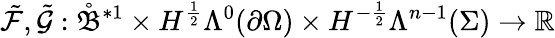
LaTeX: \tilde{\mathcal{F}},\tilde{\mathcal{G}}:\mathring{\mathfrak{B}}^{\ast 1}\times H^{\frac{1}{2}}\Lambda^{0}(\partial\Omega)\times H^{-\frac{1}{2}}\Lambda^{n-1}(\Sigma)\to\mathbb{R}